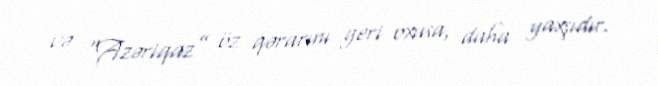
və “Azəriqaz” öz qərarını geri oxusa, daha yaxşıdır.